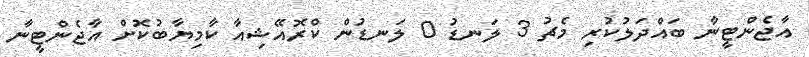
އާޖެންޓީނާ ބައްދަލުކުރި މެޗު 3 ލަނޑު 0 ލަނޑުން ކްރޮއޭޝިއާ ކާމިޔާބުކޮށް އާޖެންޓީނާ